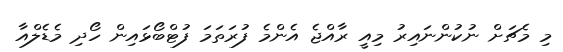
މި މެޗަށް ނުކުންނައިރު މިއީ ރާއްޖެ އެންމެ ފުރަތަމަ ފުޓްބޯޅައިން ހޯދި މެޑެލްއާ